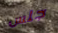
جلس